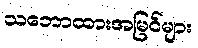
သဘောထားအမြင်များ